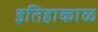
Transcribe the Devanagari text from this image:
इतिहाकाळ